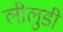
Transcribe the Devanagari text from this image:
लीलुडी